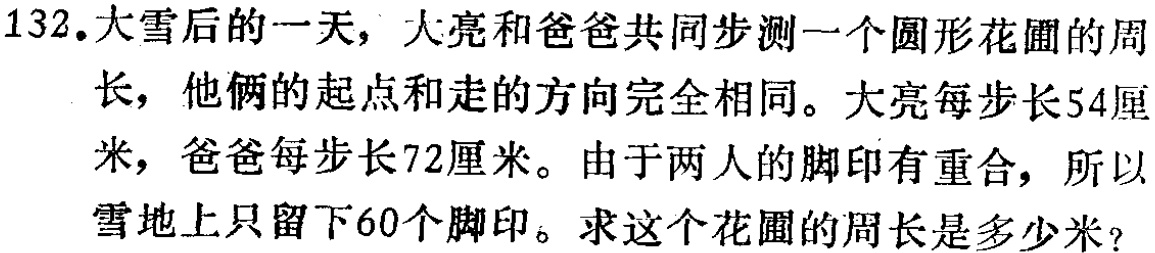
132. 大雪后的一天，大亮和爸爸共同步测一个圆形花圃的周长，他俩的起点和走的方向完全相同。大亮每步长54厘米，爸爸每步长72厘米。由于两人的脚印有重合，所以雪地上只留下60个脚印。求这个花圃的周长是多少米？